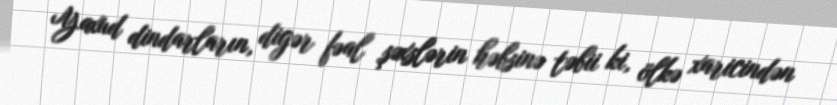
Yaxud dindarların, digər fəal şəxslərin həbsinə təbii ki, ölkə xaricindən